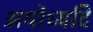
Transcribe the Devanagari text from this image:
अयोध्यदि